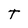
Character: t